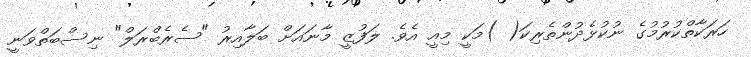
ހަރަކާތްކުރުމުގެ ނުކުޅެދުންތެރިކަ( )މަކީ މިއީ އެވެ. ލަފުޒީ މާނައަށް ބަލާއިރު "ސެރެބްރަލް" ނިސްބަތްވަނީ